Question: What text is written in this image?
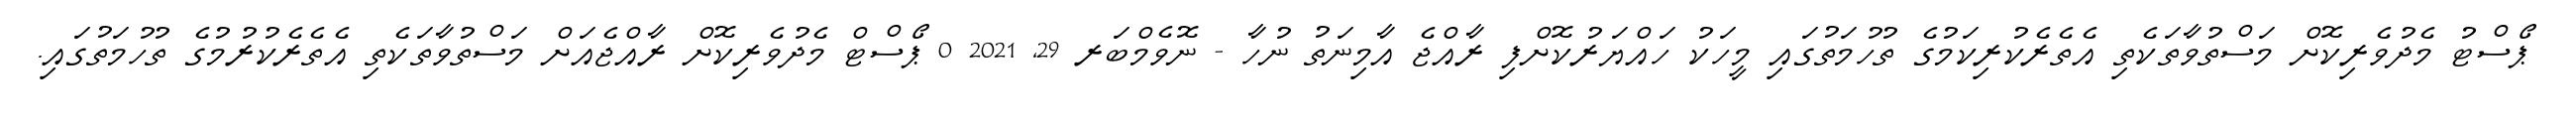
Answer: ޕޯސްޓު މެދުވެރިކޮށް މަސްތުވާތަކެތި އެތެރެކުރިކަމުގެ ތުހުމަތުގައި މީހަކު ހައްޔަރުކޮށްފި ރާއްޖެ އާމިނަތު ނުހާ - ނޮވެމްބަރ 29, 2021 0 ޕޯސްޓް މެދުވެރިކޮށް ރާއްޖެއަށް މަސްތުވާތަކެތި އެތެރެކުރުމުގެ ތުހުމަތުގައި.